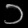
Digit: ၁